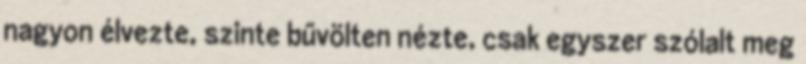
nagyon élvezte, szinte bűvölten nézte, csak egyszer szólalt meg